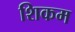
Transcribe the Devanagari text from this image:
शिकम